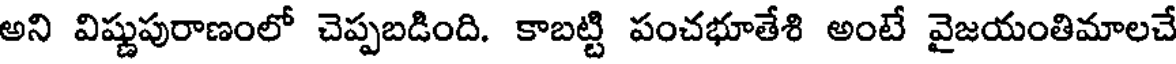
అని విష్ణుపురాణంలో చెప్పబడింది. కాబట్టి పంచభూతేశి అంటే వైజయంతిమాలచే